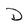
Character: D